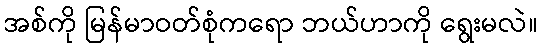
အစ်ကို မြန်မာဝတ်စုံကရော ဘယ်ဟာကို ရွေးမလဲ။